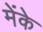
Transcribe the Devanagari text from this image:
मेंके